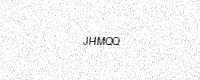
Text: JHMQQ